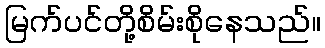
မြက်ပင်တို့စိမ်းစိုနေသည်။